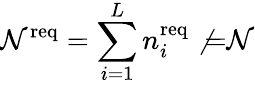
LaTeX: {\mathcal{N}^{\mathrm{{req}}}=\sum_{i=1}^{L}n_{i}^{\mathrm{{req}}}\not{=}\mathcal{N}}